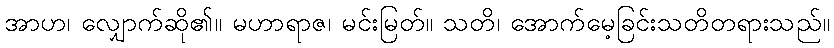
အာဟ၊ လျှောက်ဆို၏။ မဟာရာဇ၊ မင်းမြတ်။ သတိ၊ အောက်မေ့ခြင်းသတိတရားသည်။